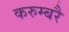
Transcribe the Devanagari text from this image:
करुम्बरै